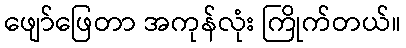
ဖျော်ဖြေတာ အကုန်လုံး ကြိုက်တယ်။